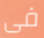
فى